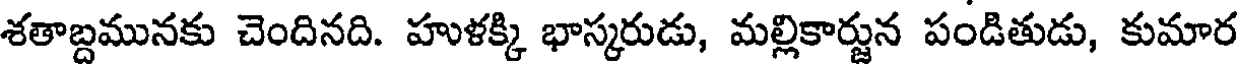
శతాబ్దమునకు చెందినది. హుళక్కి భాస్కరుడు, మల్లికార్జున పండితుడు, కుమార